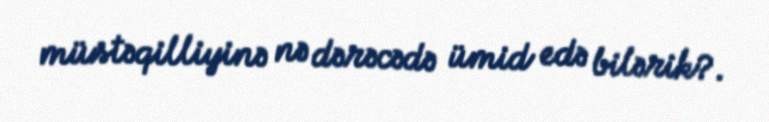
müstəqilliyinə nə dərəcədə ümid edə bilərik?.